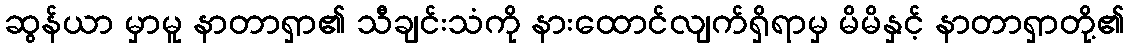
ဆွန်ယာ မှာမူ နာတာရှာ၏ သီချင်းသံကို နားထောင်လျက်ရှိရာမှ မိမိနှင့် နာတာရှာတို့၏